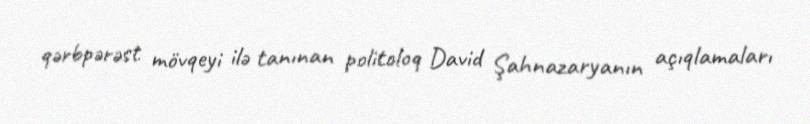
qərbpərəst mövqeyi ilə tanınan politoloq David Şahnazaryanın açıqlamaları